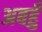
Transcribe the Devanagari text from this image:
अबहुँ